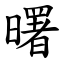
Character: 曙